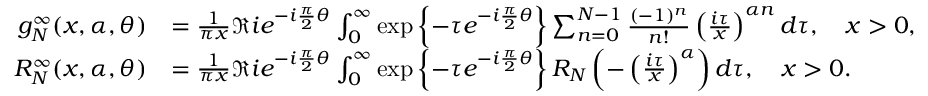
\begin{array} { r l } { g _ { N } ^ { \infty } ( x , \alpha , \theta ) } & { = \frac { 1 } { \pi x } \Re i e ^ { - i \frac { \pi } { 2 } \theta } \int _ { 0 } ^ { \infty } \exp \left\{ - \tau e ^ { - i \frac { \pi } { 2 } \theta } \right\} \sum _ { n = 0 } ^ { N - 1 } \frac { ( - 1 ) ^ { n } } { n ! } \left( \frac { i \tau } { x } \right) ^ { \alpha n } d \tau , \quad x > 0 , } \\ { R _ { N } ^ { \infty } ( x , \alpha , \theta ) } & { = \frac { 1 } { \pi x } \Re i e ^ { - i \frac { \pi } { 2 } \theta } \int _ { 0 } ^ { \infty } \exp \left\{ - \tau e ^ { - i \frac { \pi } { 2 } \theta } \right\} R _ { N } \left( - \left( \frac { i \tau } { x } \right) ^ { \alpha } \right) d \tau , \quad x > 0 . } \end{array}